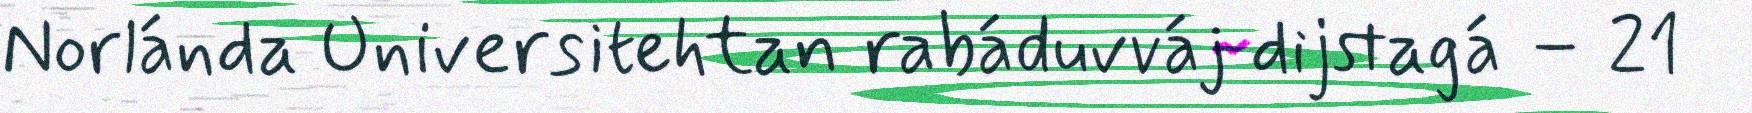
Norlánda Universitehtan rabáduvváj dijstagá – 21